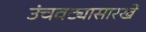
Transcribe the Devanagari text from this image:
उंचवट्यासारखे